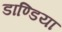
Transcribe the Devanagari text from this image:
डाण्डिया